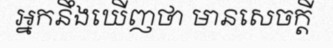
អ្នកនឹងឃើញថា មានសេចក្តី